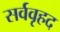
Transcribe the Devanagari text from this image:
सर्ववृहद